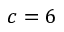
c = 6